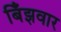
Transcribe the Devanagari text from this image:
बिँझवार